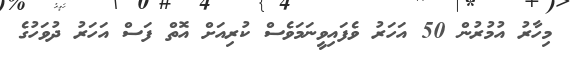
މިހާރު އުމުރުން 50 އަހަރު ވެފައިވީނަމަވެސް ކުރިއަށް އޮތް ފަސް އަހަރު ދުވަހުގެ